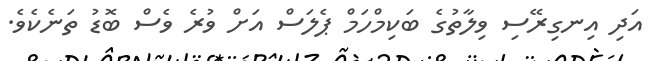
އަދި އިނގިރޭސި ވިލާތުގެ ބަކިމްހަމް ޕެލަސް އަށް ވުރެ ވެސް ބޮޑު ތަނެކެވެ.